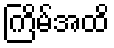
ကြိမ်အထိ